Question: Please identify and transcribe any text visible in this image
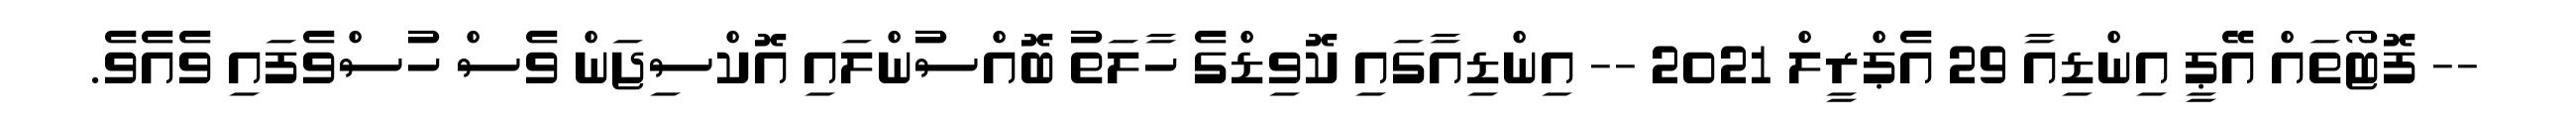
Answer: -- ފޮޓޯތައް އޭޕީ އިންޑިއާ 29 އެޕްރީލް 2021 -- އިންޑިއާގައި ކޮވިޑްގެ ހާލަތު ބޮއްސުންލައި އޮކްސިޖަން ވެސް ހުސްވެފައި ވެއެވެ.